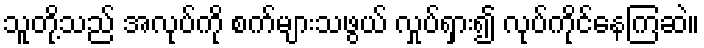
သူတို့သည် အလုပ်ကို စက်များသဖွယ် လှုပ်ရှား၍ လုပ်ကိုင်နေကြဆဲ။